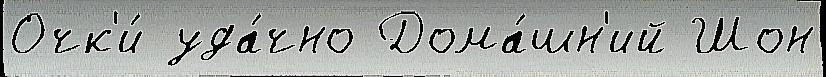
Очк'и́ уда́чно Дома́шн'ий Шон